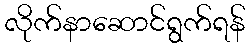
လိုက်နာဆောင်ရွက်ရန်